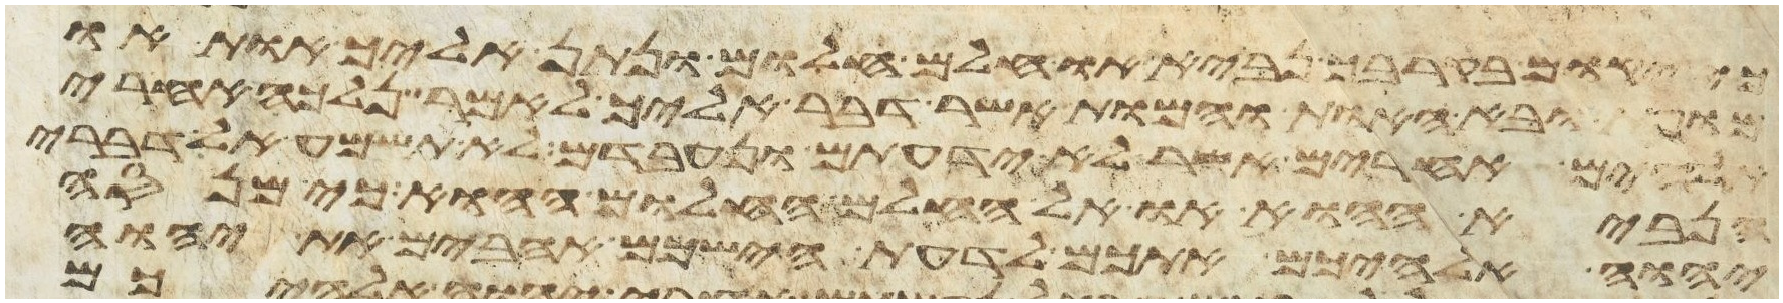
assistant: כי יקום בקרבך נביא או חלם חלום ונתן אליך אות או
מופת ובא האות והמופת אשר דבר אליך לאמר נלכה אחרי
אלהים אחרים אשר לא ידעתם ונעבדם לא תשמע אל דברי
הנביא ההוא או אל החלם החלום ההוא כי מנסה
יהוה אלהיכם אתכם לדעת הישכם אהבים את יהוה